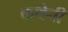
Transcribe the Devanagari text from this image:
कथेनी